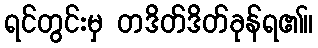
ရင်တွင်းမှ တဒိတ်ဒိတ်ခုန်ရ၏။